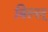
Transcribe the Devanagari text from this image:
बिल्ल्